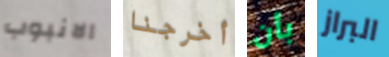
الانبوب أخرجنا بأن البراز